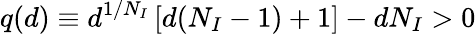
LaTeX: q(d)\equiv d^{1/N_{I}}\left[d(N_{I}-1)+1\right]-dN_{I}>0